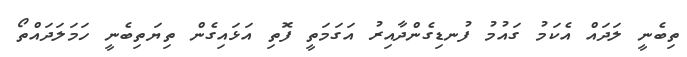
ތިބެނީ ލަދައް އެކަމު ގައުމު ފުނޑިގެންދާއިރު އަގަމަތީ ފޮތި އަޅައިގެން ތިޔަތިބެނީ ހަމަލަދައްތޯ